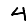
Digit: 4